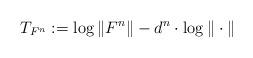
LaTeX: \begin{gather*} T_{F^n}:=\log\|F^n\|-d^n\cdot\log\|\cdot\|\end{gather*}